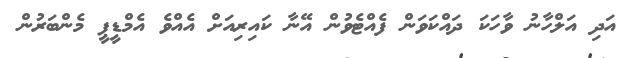
އަދި އަލްހާނު ވާހަކަ ދައްކަވަން ފެއްޓެވުން އޭނާ ކައިރިއަށް އެއްވެ އެމްޑީޕީ މެންބަރުން